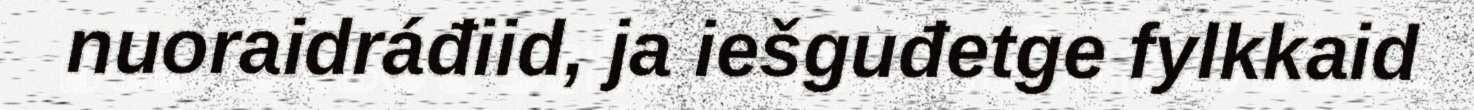
nuoraidráđiid, ja iešguđetge fylkkaid